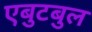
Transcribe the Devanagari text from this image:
एबुटबुल